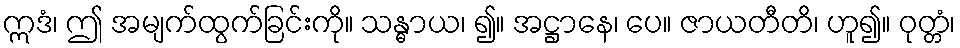
ဣဒံ၊ ဤ အမျက်ထွက်ခြင်းကို။ သန္ဓာယ၊ ၍။ အဋ္ဌာနေ၊ ပေ။ ဇာယတီတိ၊ ဟူ၍။ ဝုတ္တံ၊